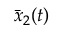
\bar { x } _ { 2 } ( t )